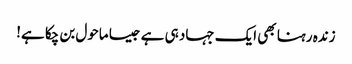
زندہ رہنا بھی ایک جہاد ہی ہے جیسا ماحول بن چکا ہے!